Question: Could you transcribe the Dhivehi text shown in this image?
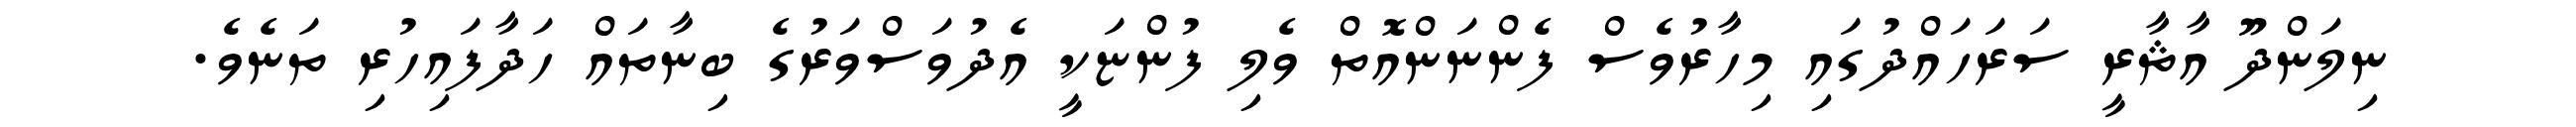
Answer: ނިލަންދޫ އާޘާރީ ސަރަހައްދުގައި މިހާރުވެސް ފެންނަންއޮތް ވެލި ފުންޏަކީ އެދުވަސްވަރުގެ ބިނާތައް ހަދާފައިހުރި ތަނެވެ.